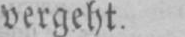
vergeht.